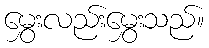
မွှေးလည်းမွှေးသည်။